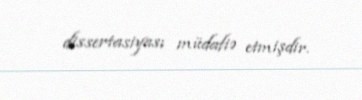
dissertasiyası müdafiə etmişdir.